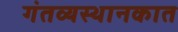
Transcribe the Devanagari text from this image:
गंतव्यस्थानकात